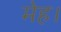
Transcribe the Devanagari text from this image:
मेह।